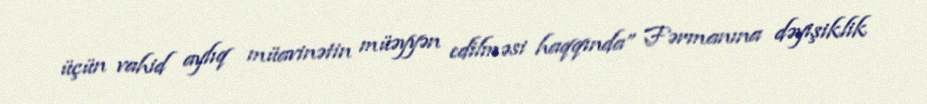
üçün vahid aylıq müavinətin müəyyən edilməsi haqqında” Fərmanına dəyişiklik